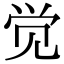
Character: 觉